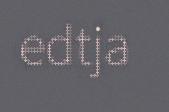
edtja